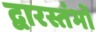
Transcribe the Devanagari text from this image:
द्वारस्तंभों